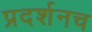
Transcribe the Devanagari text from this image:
प्रदर्शनच